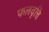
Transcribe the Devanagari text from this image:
फलवृत्ति